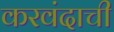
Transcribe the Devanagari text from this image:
करवंदाची